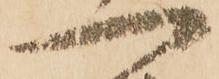
一